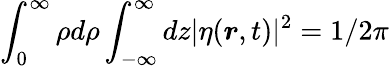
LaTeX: \int_{0}^{\infty}\rho d\rho\int_{-\infty}^{\infty}dz|\eta(\boldsymbol{r},t)|^{2}=1/2\pi